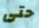
حتى